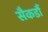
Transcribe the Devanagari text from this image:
सैकडौं